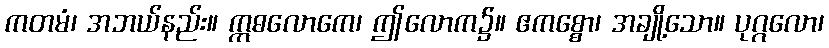
ကတမံ၊ အဘယ်နည်း။ ဣဓလောကေ၊ ဤလောက၌။ ဧကစ္စော၊ အချို့သော။ ပုဂ္ဂလော၊